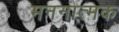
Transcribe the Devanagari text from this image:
मननात्मक